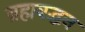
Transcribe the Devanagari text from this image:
ब्रह्मवद्धन